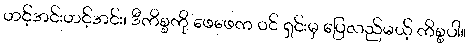
ဟင့်အင်းဟင့်အင်း၊ ဒီကိစ္စကို ဖေဖေက ဝင် ရှင်းမှ ပြေလည်မယ့် ကိစ္စပါ။